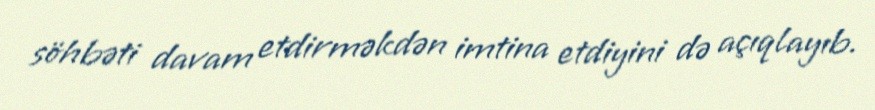
söhbəti davam etdirməkdən imtina etdiyini də açıqlayıb.